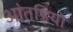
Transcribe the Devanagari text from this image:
आंतड़ियो